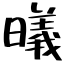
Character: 㬢